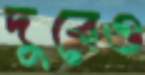
দুবেও